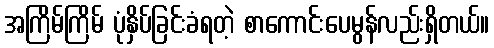
အကြိမ်ကြိမ် ပုံနှိပ်ခြင်းခံရတဲ့ စာကောင်းပေမွန်လည်းရှိတယ်။